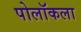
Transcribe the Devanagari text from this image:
पोलॉकला